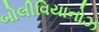
બોલીવિયાનોઝ